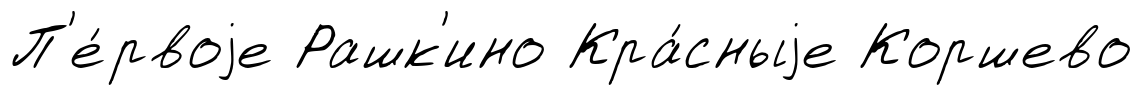
П'е́рвоjе Рашк'ино Кра́сныjе Коршево